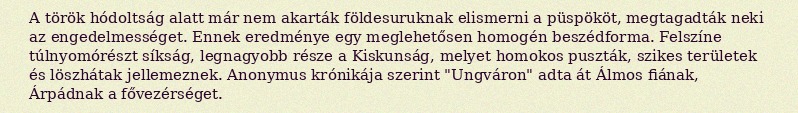
A török hódoltság alatt már nem akarták földesuruknak elismerni a püspököt, megtagadták neki az engedelmességet. Ennek eredménye egy meglehetősen homogén beszédforma. Felszíne túlnyomórészt síkság, legnagyobb része a Kiskunság, melyet homokos puszták, szikes területek és löszhátak jellemeznek. Anonymus krónikája szerint "Ungváron" adta át Álmos fiának, Árpádnak a fővezérséget.